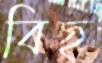
বিছ